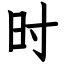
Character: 时